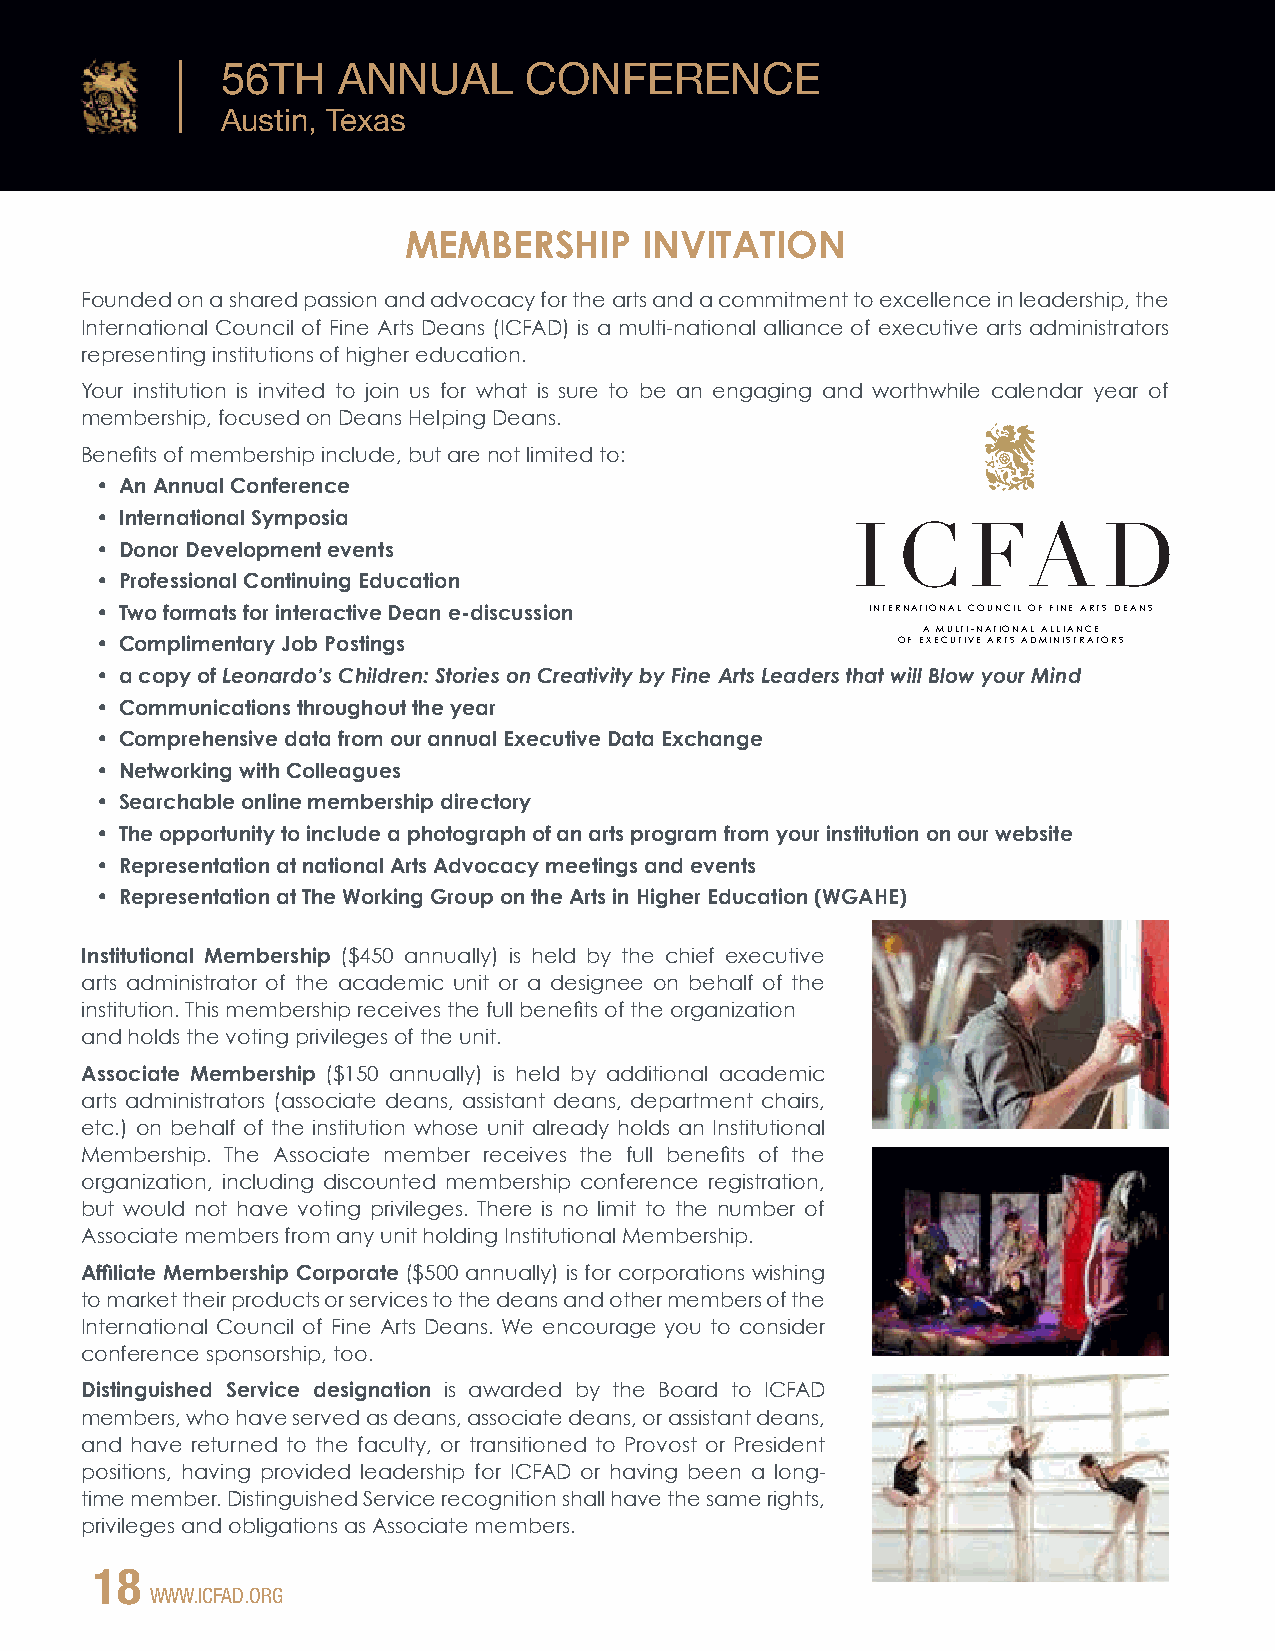
56TH   ANNUAL       CONFERENCE
 Austin, Texas
 MEMBERSHIP     INVITATION
 Founded on a shared passion and advocacy for the arts and a commitment to excellence in leadership, the
 International Council of Fine Arts Deans (ICFAD) is a multi-national alliance of executive arts administrators
 representing institutions of higher education.
 Your institution is invited to join us for what is sure to be an engaging and worthwhile calendar year of
 membership, focused on Deans Helping Deans.
 Benefits of membership include, but are not limited to:
 • An Annual Conference
 • International Symposia
 • Donor Development events
 • Professional Continuing Education
 • Two formats for interactive Dean e-discussion     INTERNATIONAL COUNCIL OF FINE ARTS DEANS
 A MULTI-NATIONAL ALLIANCE
 • Complimentary Job Postings                         OF EXECUTIVE ARTS ADMINISTRATORS
 • a copy of Leonardo’s Children: Stories on Creativity by Fine Arts Leaders that will Blow your Mind
 • Communications throughout the year
 • Comprehensive data from our annual Executive Data Exchange
 • Networking with Colleagues
 • Searchable online membership directory
 • The opportunity to include a photograph of an arts program from your institution on our website
 • Representation at national Arts Advocacy meetings and events
 • Representation at The Working Group on the Arts in Higher Education (WGAHE)
 Institutional Membership ($450 annually) is held by the chief executive
 arts administrator of the academic unit or a designee on behalf of the
 institution. This membership receives the full benefits of the organization
 and holds the voting privileges of the unit.
 Associate Membership ($150 annually) is held by additional academic
 arts administrators (associate deans, assistant deans, department chairs,
 etc.) on behalf of the institution whose unit already holds an Institutional
 Membership. The Associate member receives the full benefits of the
 organization, including discounted membership conference registration,
 but would not have voting privileges. There is no limit to the number of
 Associate members from any unit holding Institutional Membership.
 Affiliate Membership Corporate ($500 annually) is for corporations wishing
 to market their products or services to the deans and other members of the
 International Council of Fine Arts Deans. We encourage you to consider
 conference sponsorship, too.
 Distinguished Service designation is awarded by the Board to ICFAD
 members, who have served as deans, associate deans, or assistant deans,
 and have returned to the faculty, or transitioned to Provost or President
 positions, having provided leadership for ICFAD or having been a long-
 time member. Distinguished Service recognition shall have the same rights,
 privileges and obligations as Associate members.
 18
 WWW.ICFAD.ORG